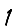
Digit: 1